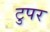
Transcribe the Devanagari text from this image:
टुपर